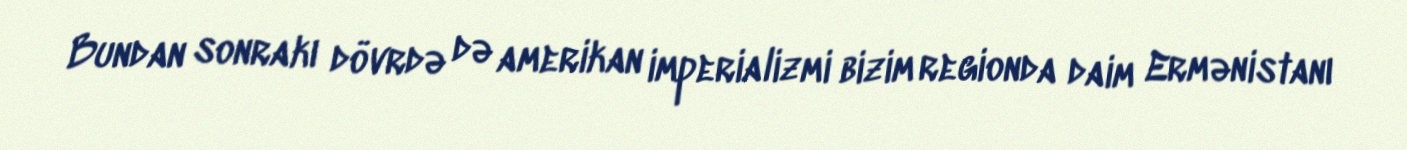
Bundan sonrakı dövrdə də amerikan imperializmi bizim regionda daim Ermənistanı